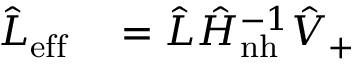
\begin{array} { r l } { \hat { L } _ { \mathrm { e f f } } } & { { } = \hat { L } \hat { H } _ { \mathrm { n h } } ^ { - 1 } \hat { V } _ { + } } \end{array}